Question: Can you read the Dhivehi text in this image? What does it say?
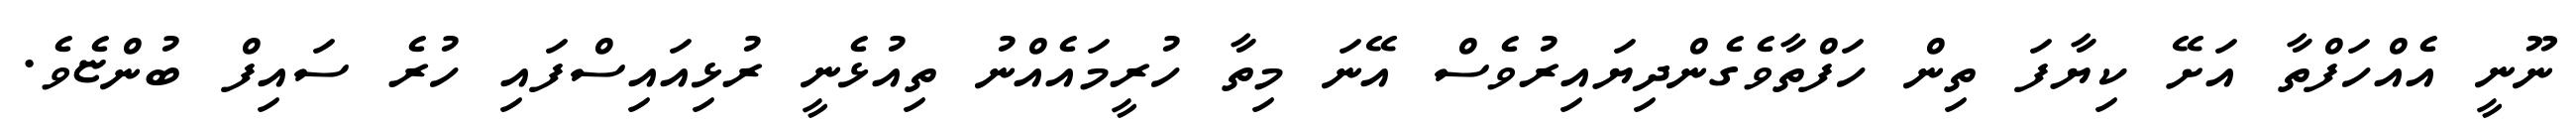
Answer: ނޫނީ އެއްހަފްތާ އަށޭ ކިޔާފަ ތިން ހަފްތާވެގެންދިޔައިރުވެސް އޭނަ މިތާ ހުރީމައެއްނު ތިއުޅެނީ ރުޅިއައިސްފައި ހުރެ ސައިފް ބުންޏެވެ.